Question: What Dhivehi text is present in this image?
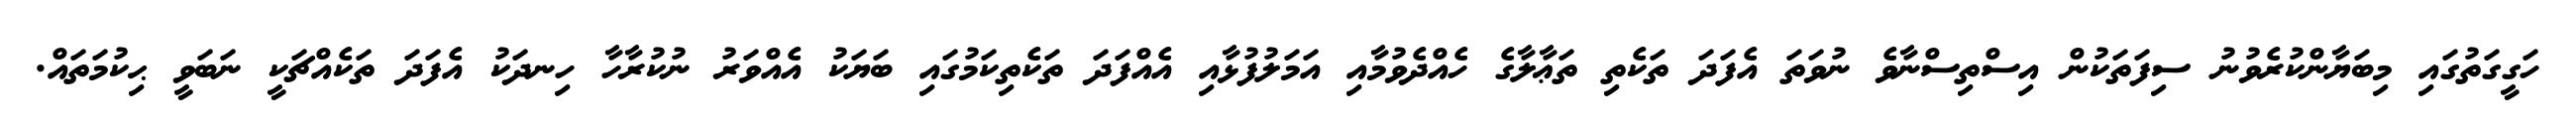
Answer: ހަގީގަތުގައި މިބަޔާންކުރެވުނު ސިފަތަކުން އިސްތިސްނާވެ ނުވަތަ އެފަދަ ތަކެތި ތަޢާލާގެ ހެއްދެވުމާއި އަމަލުފުޅާއި އެއްފަދަ ތަކެތިކަމުގައި ބަޔަކު އެއްވަރު ނުކުރާހާ ހިނދަކު އެފަދަ ތަކެއްޗަކީ ނަބަވީ ޙިކުމަތައް.